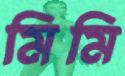
মিমি